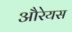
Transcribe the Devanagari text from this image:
औरेयस